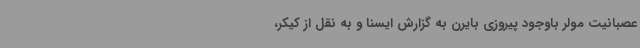
عصبانیت مولر باوجود پیروزی بایرن به گزارش ایسنا و به نقل از کیکر،